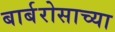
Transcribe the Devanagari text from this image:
बार्बरोसाच्या